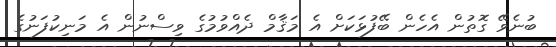
ބުނެވޭ ގޮތުން އެހެން ބޭފުޅަކަށް އެ މަޤާމް ދެއްވުމުގެ ވިސްނުން އެ މަނިކުފަނުގެ